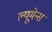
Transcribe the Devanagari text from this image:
ल्यूमेन्स